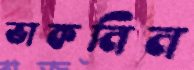
ভাকনিন